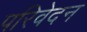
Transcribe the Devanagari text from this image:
परिवेदन